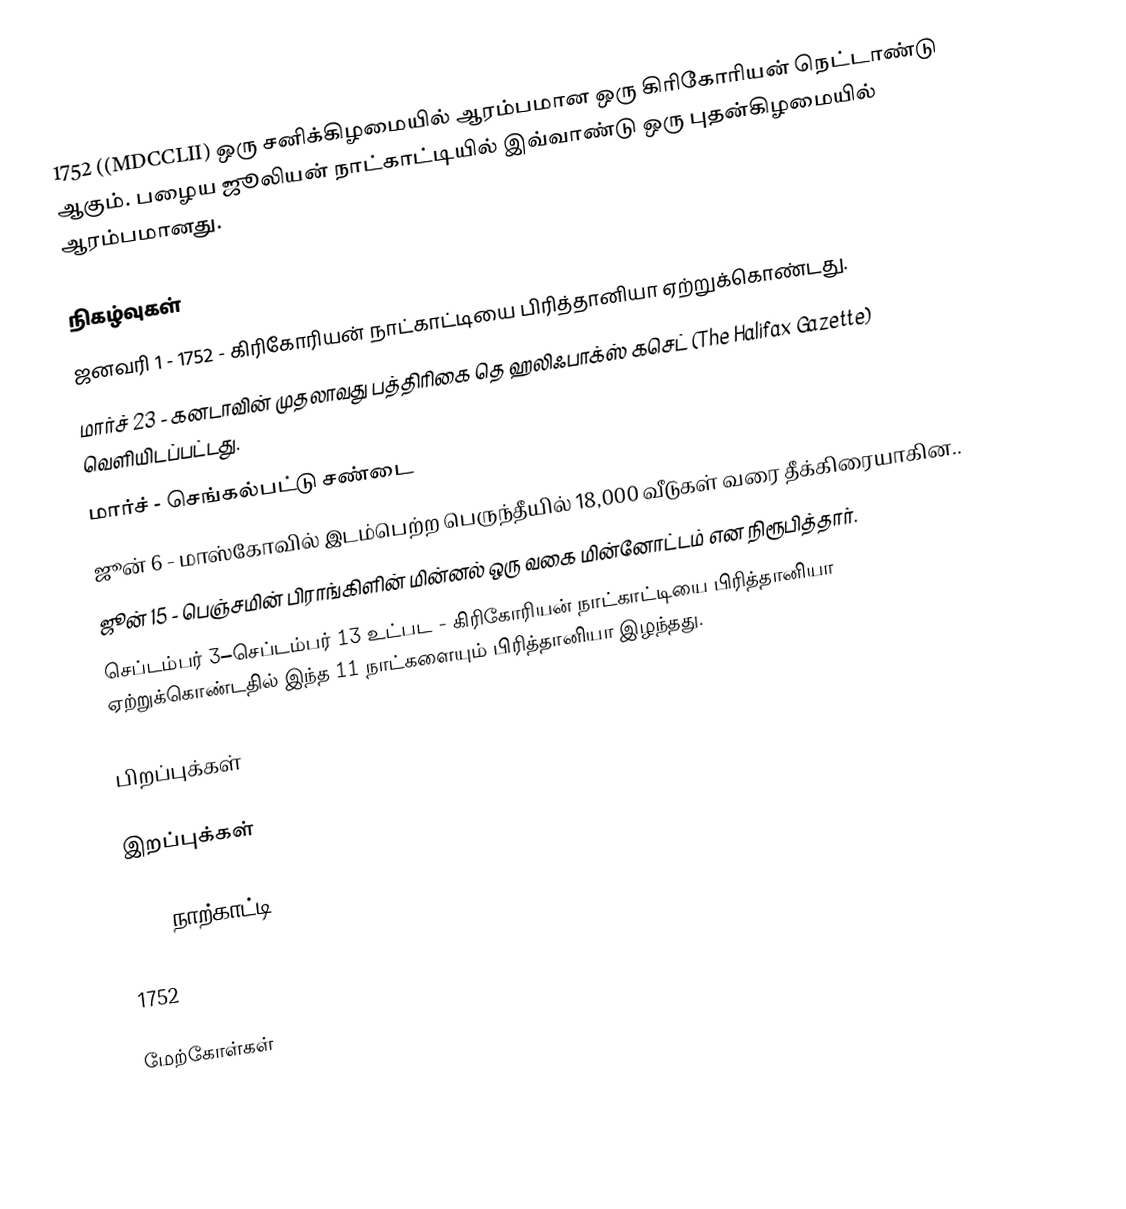
1752 ((MDCCLII) ஒரு சனிக்கிழமையில் ஆரம்பமான ஒரு கிரிகோரியன் நெட்டாண்டு ஆகும். பழைய ஜூலியன் நாட்காட்டியில் இவ்வாண்டு ஒரு புதன்கிழமையில் ஆரம்பமானது.

நிகழ்வுகள்
 ஜனவரி 1 - 1752 - கிரிகோரியன் நாட்காட்டியை பிரித்தானியா ஏற்றுக்கொண்டது.
 மார்ச் 23 - கனடாவின் முதலாவது பத்திரிகை தெ ஹலிஃபாக்ஸ் கசெட் (The Halifax Gazette) வெளியிடப்பட்டது.
 மார்ச் - செங்கல்பட்டு சண்டை
 ஜூன் 6 - மாஸ்கோவில் இடம்பெற்ற பெருந்தீயில் 18,000 வீடுகள் வரை தீக்கிரையாகின..
 ஜூன் 15 - பெஞ்சமின் பிராங்கிளின் மின்னல் ஒரு வகை மின்னோட்டம் என நிரூபித்தார்.
 செப்டம்பர் 3–செப்டம்பர் 13 உட்பட - கிரிகோரியன் நாட்காட்டியை பிரித்தானியா ஏற்றுக்கொண்டதில் இந்த 11 நாட்களையும் பிரித்தானியா இழந்தது.

பிறப்புக்கள்

இறப்புக்கள்

1752 நாற்காட்டி

1752

மேற்கோள்கள்

nv:1751 – 1800